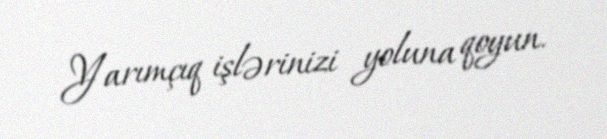
Yarımçıq işlərinizi yoluna qoyun.